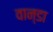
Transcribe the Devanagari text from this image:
वान्डा